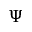
\Psi